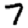
Digit: 7